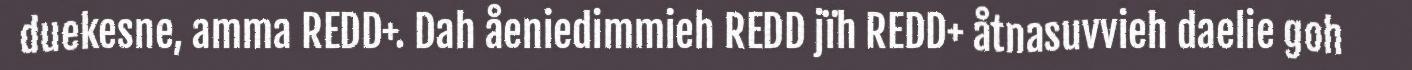
duekesne, amma REDD+. Dah åeniedimmieh REDD jïh REDD+ åtnasuvvieh daelie goh